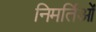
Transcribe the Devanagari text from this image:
निमर्तिओं